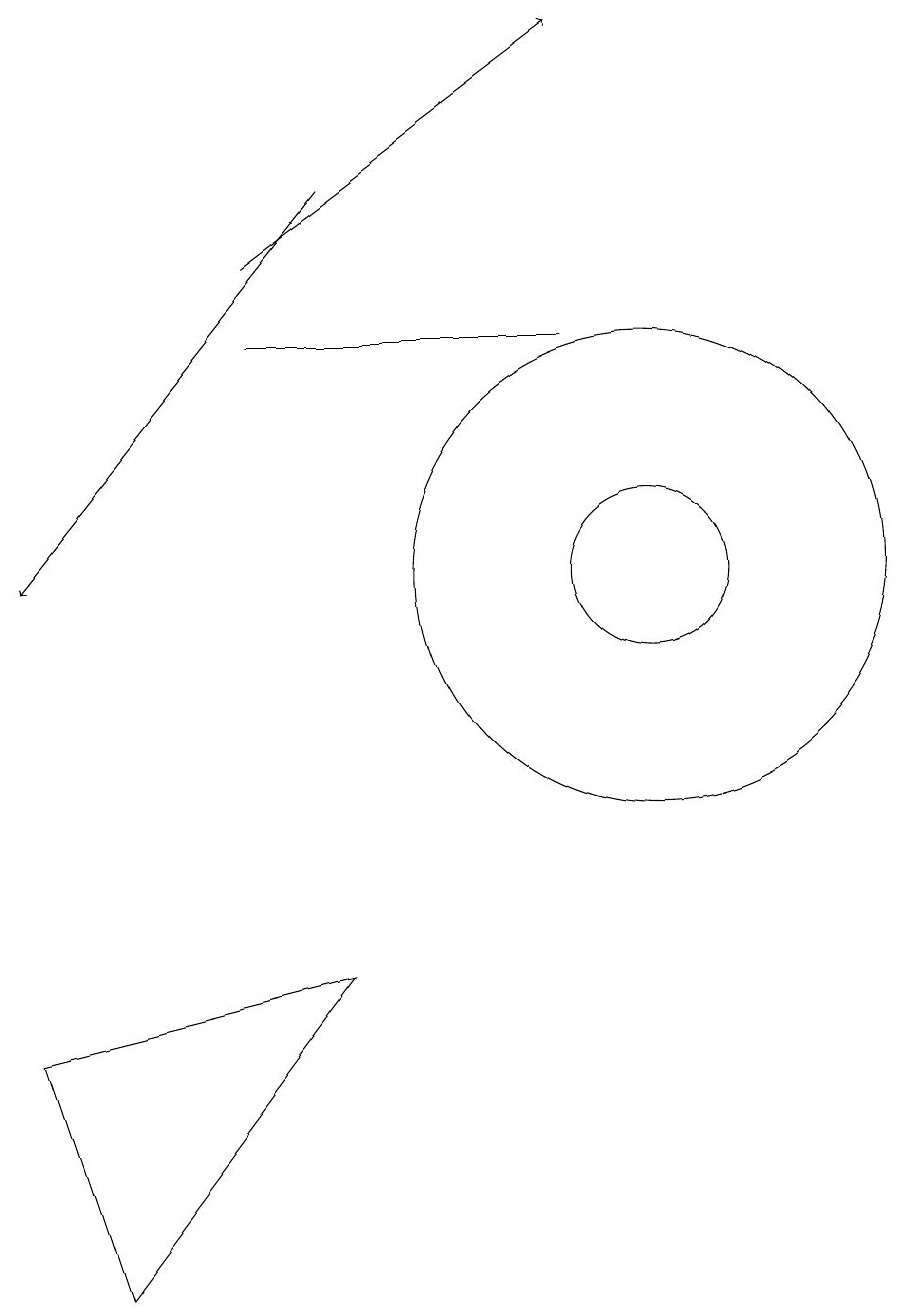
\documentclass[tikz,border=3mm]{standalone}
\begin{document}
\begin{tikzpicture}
\draw[->] (5,14) -- (9,17);
\draw[->] (6,15) -- (2,10);
\draw (10,10) circle (1);
\draw (10,10) circle (3);
\draw (6,5) -- (3,1) -- (2,4) -- cycle;
\draw (11,12) circle (0);
\draw (9,13) rectangle (5,13);
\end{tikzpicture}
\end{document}